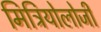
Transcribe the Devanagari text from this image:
मिट्रियोलोजी